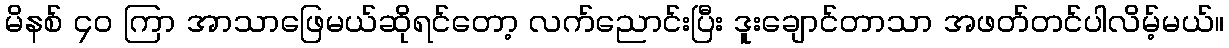
မိနစ် ၄၀ ကြာ အာသာဖြေမယ်ဆိုရင်တော့ လက်ညောင်းပြီး ဒူးချောင်တာသာ အဖတ်တင်ပါလိမ့်မယ်။